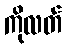
ကိုလတ်